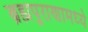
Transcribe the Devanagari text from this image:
ब्रह्मपुराणामध्ये